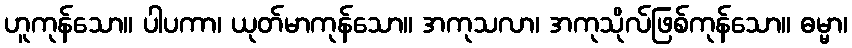
ဟူကုန်သော။ ပါပကာ၊ ယုတ်မာကုန်သော။ အကုသလာ၊ အကုသိုလ်ဖြစ်ကုန်သော။ ဓမ္မာ၊